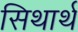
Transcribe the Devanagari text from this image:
सिथार्थ